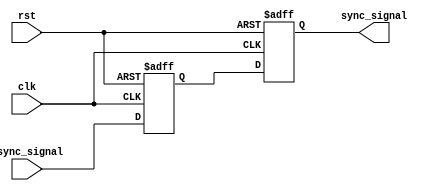
module dual_ff_synchronizer (
    input wire async_signal, // Input signal from asynchronous clock domain
    input wire clk,          // Clock signal of the target clock domain
    input wire rst,          // Reset signal (optional)
    output reg sync_signal   // Synchronized output signal
);

// Internal signals
reg sync_signal1; // Intermediate synchronized signal

// Dual flip-flop synchronizer using always block
always @(posedge clk or posedge rst) begin
    if (rst) begin
        // Asynchronous reset: initialize outputs to known state
        sync_signal1 <= 1'b0;
        sync_signal <= 1'b0;
    end else begin
        // First flip-flop captures the async signal
        sync_signal1 <= async_signal;
        // Second flip-flop captures the output of the first flip-flop
        sync_signal <= sync_signal1;
    end
end

endmodule